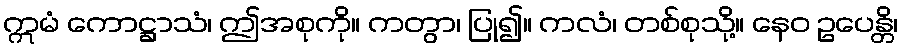
ဣမံ ကောဋ္ဌာသံ၊ ဤအစုကို။ ကတွာ၊ ပြု၍။ ကလံ၊ တစ်စုသို့။ နေဝ ဥပေန္တိ၊